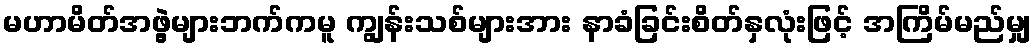
မဟာမိတ်အဖွဲ့များဘက်ကမူ ကျွန်းသစ်များအား နာခံခြင်းစိတ်နှလုံးဖြင့် အကြိမ်မည်မျှ